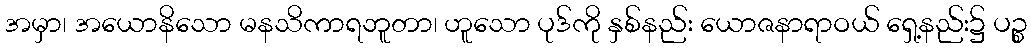
အမှာ၊ အယောနိသော မနသိကာရဘူတာ၊ ဟူသော ပုဒ်ကို နှစ်နည်း ယောဇနာရာဝယ် ရှေ့နည်း၌ ပဉ္စ